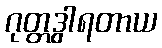
ဂုတ္တဒွါရတာယ